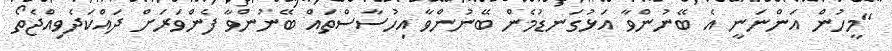
"މީހުން އަންނަނީ އެ ބޭނުންވާ އަޅުގަނޑުމެން ބޭނުންވާ އިހުސާސްތައް ބޭނުންވާ ފެންވަރަށް ދައްކަދެވިއްޖެތޯ